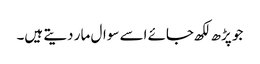
جو پڑھ لکھ جائے اسے سوال مار دیتے ہیں۔